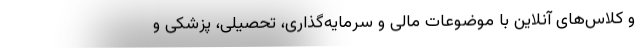
و کلاس‌های آنلاین با موضوعات مالی و سرمایه‌گذاری، تحصیلی، پزشکی و